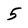
Character: 5